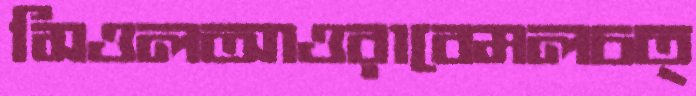
সিওলআওরাবেমলচত্